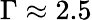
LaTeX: \Gamma\approx 2.5